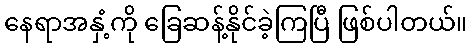
နေရာအနှံ့ကို ခြေဆန့်နိုင်ခဲ့ကြပြီ ဖြစ်ပါတယ်။